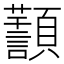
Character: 𩕸